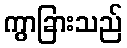
ကွာခြားသည်